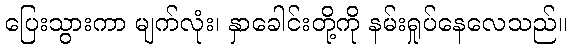
ပြေးသွားကာ မျက်လုံး၊ နှာခေါင်းတို့ကို နမ်းရှုပ်နေလေသည်။